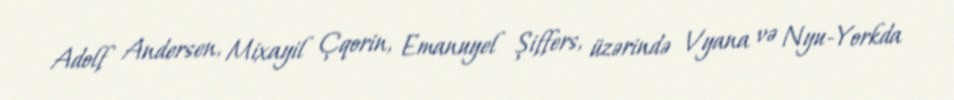
Adolf Andersen, Mixayil Çqorin, Emanuyel Şiffers, üzərində Vyana və Nyu-Yorkda